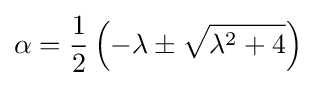
\alpha ={\frac {1}{2}}\left(-\lambda \pm {\sqrt {\lambda ^{2}+4}}\right)